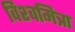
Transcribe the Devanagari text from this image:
विश्‍वमित्रा